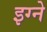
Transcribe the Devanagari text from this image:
इग्ने